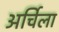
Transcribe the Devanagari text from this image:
अर्चिला